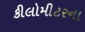
કીલોમીટરના